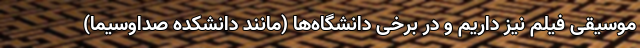
موسیقی فیلم نیز داریم و در برخی دانشگاه‌ها (مانند دانشکده صداوسیما)